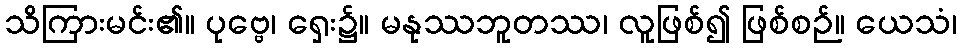
သိကြားမင်း၏။ ပုဗ္ဗေ၊ ရှေး၌။ မနုဿဘူတဿ၊ လူဖြစ်၍ ဖြစ်စဉ်။ ယေသံ၊